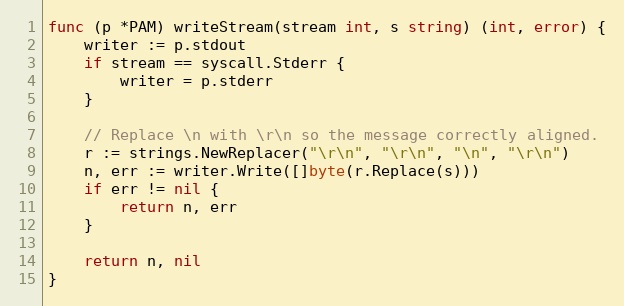
Language: Go
func (p *PAM) writeStream(stream int, s string) (int, error) {
	writer := p.stdout
	if stream == syscall.Stderr {
		writer = p.stderr
	}

	// Replace \n with \r\n so the message correctly aligned.
	r := strings.NewReplacer("\r\n", "\r\n", "\n", "\r\n")
	n, err := writer.Write([]byte(r.Replace(s)))
	if err != nil {
		return n, err
	}

	return n, nil
}